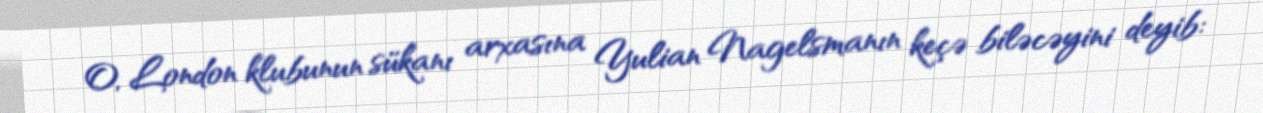
O, London klubunun sükanı arxasına Yulian Nagelsmanın keçə biləcəyini deyib: